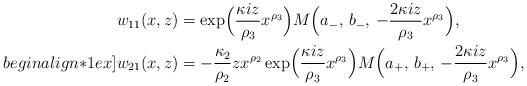
LaTeX: \begin{align*}\begin{aligned}w_{11}(x,z) &= \exp\Bigl(\frac{\kappa iz}{\rho_3}x^{\rho_3}\Bigr)M\Bigl(a_-,\,b_-,\,-\frac{2\kappa iz}{\rho_3}x^{\rho_3}\Bigr),\\begin{align*}1ex]w_{21}(x,z) &= -\frac{\kappa_2}{\rho_2}zx^{\rho_2}\exp\Bigl(\frac{\kappa iz}{\rho_3}x^{\rho_3}\Bigr)M\Bigl(a_+,\,b_+,\,-\frac{2\kappa iz}{\rho_3}x^{\rho_3}\Bigr),\end{aligned}\end{align*}